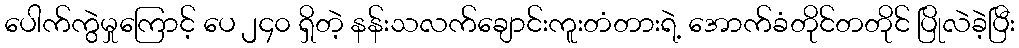
ပေါက်ကွဲမှုကြောင့် ပေ ၂၄၀ ရှိတဲ့ နန်းသလက်ချောင်းကူးတံတားရဲ့ အောက်ခံတိုင်တတိုင် ပြိုလဲခဲ့ပြီး